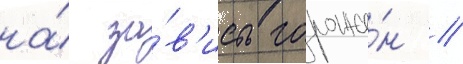
на́ за́в'исть горожа́н //